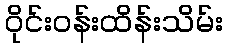
ဝိုင်းဝန်းထိန်းသိမ်း